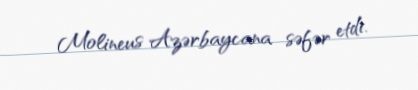
Molineus Azərbaycana səfər etdi.